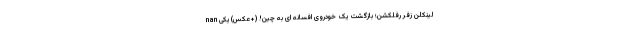
nan لینکلن زفر رفلکشن؛ بازگشت یک خودروی افسانه ای به چین! (+عکس) یکی